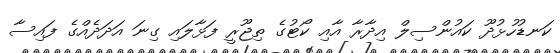
ކަނޑުހުޅުދޫ ކައުންސިލް އިދާރާ އާއި ކޯޓުގެ ތިޖޫރީ ފަޅާލައި ގިނަ އަދަދެއްގެ ފައިސާ